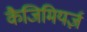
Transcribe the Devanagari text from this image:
कैजिमियर्ज़